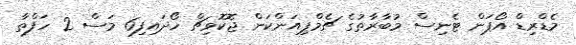
މެޑްރިޑް އޯޕަން ޓެނިސް މުބާރާތުގެ ޗެމްޕިއަންކަން ޖޮކޮވިޗް ހޯދައިފި6 މަސް 2 ހަފްތާ